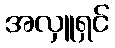
အလှူရှင်